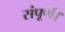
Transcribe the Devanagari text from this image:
संपूर्ण।